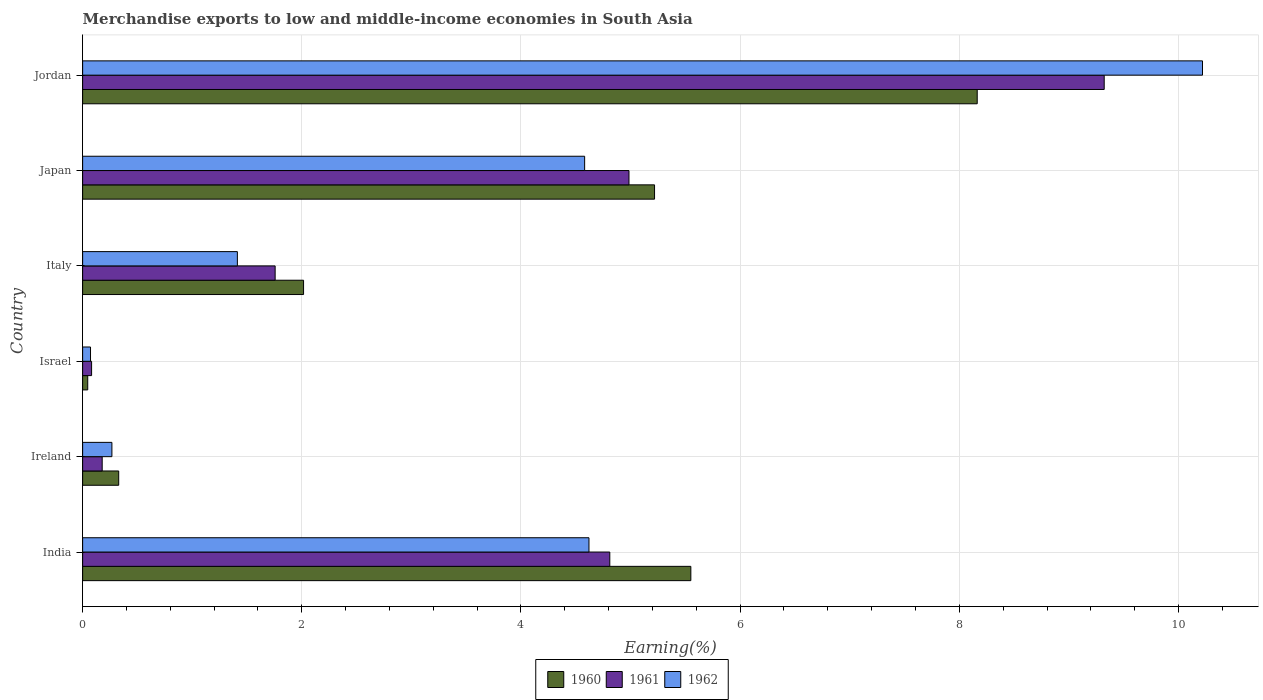
| Country | 1960 | 1961 | 1962 |
 | --- | --- | --- | --- |
 | India | 5.55 | 4.81 | 4.62 |
 | Ireland | 0.329 | 0.179 | 0.267 |
 | Israel | 0.0466 | 0.0817 | 0.072 |
 | Italy | 2.02 | 1.76 | 1.41 |
 | Japan | 5.22 | 4.99 | 4.58 |
 | Jordan | 8.16 | 9.32 | 10.2 |